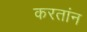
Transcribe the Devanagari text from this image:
करतांन